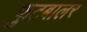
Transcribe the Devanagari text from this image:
फुटबालर